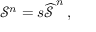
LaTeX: \mathcal { S } ^ { n } = s \widehat { \mathcal { S } \, } ^ { n } \, ,